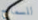
للسماح